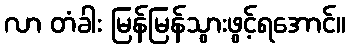
လာ တံခါး မြန်မြန်သွားဖွင့်ရအောင်။